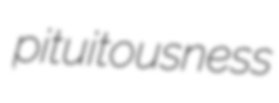
pituitousness